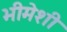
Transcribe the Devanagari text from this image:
भीमेशी